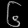
Digit: ၆